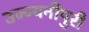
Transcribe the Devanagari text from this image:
उज्ज्यनीपुरी